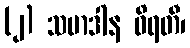
(၂) သမာဒါန ဝိရတီ၊